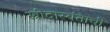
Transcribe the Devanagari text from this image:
स्त्रीदास्यंताची